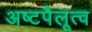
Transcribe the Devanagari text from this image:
अष्टपैलूत्व